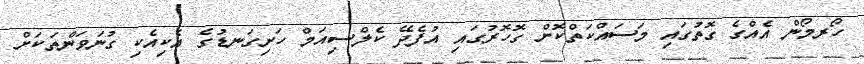
ހޯރމޯން އެއްގެ ގޮތުގައި މަސައްކަތްކޮށް ގޮހޮރުގައި އުފެދޭ ކެލްސިއަމް ހަށިގަނޑުގެ އެކިއެކި ގުނަވަންތަކަށް